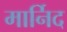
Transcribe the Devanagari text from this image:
मार्निद